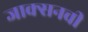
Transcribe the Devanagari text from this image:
जाक्सनची